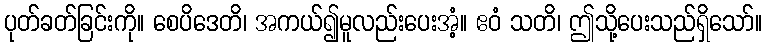
ပုတ်ခတ်ခြင်းကို။ စေပိဒေတိ၊ အကယ်၍မူလည်းပေးအံ့။ ဧဝံ သတိ၊ ဤသို့ပေးသည်ရှိသော်။